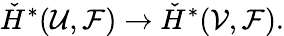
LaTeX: {\check{H}}^{*}({\mathcal{U}},{\mathcal{F}})\to{\check{H}}^{*}({\mathcal{V}},{\mathcal{F}}).